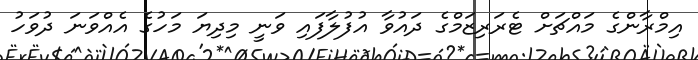
އިމްރާންގެ މައްޗަށް ޓެރަރިޒަމްގެ ދައުވާ އުފުލާފައި ވަނީ މިދިޔަ މަހުގެ އެއްވަނަ ދުވަހު